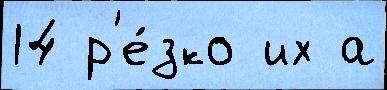
14 р'е́зко их а